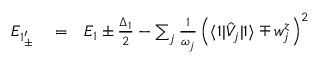
\begin{array} { r l r } { E _ { 1 _ { \pm } ^ { \prime } } } & { { } = } & { E _ { 1 } \pm \frac { \Delta _ { 1 } } { 2 } - \sum _ { j } \frac { 1 } { \omega _ { j } } \left( \langle 1 | \hat { V } _ { j } | 1 \rangle \mp w _ { j } ^ { z } \right) ^ { 2 } } \end{array}